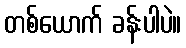
တစ်ယောက် ခန်းပါပဲ။